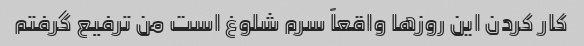
کار کردن این روزها واقعاً سرم شلوغ است من ترفیع گرفتم